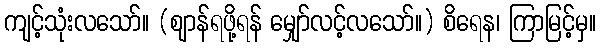
ကျင့်သုံးလသော်။ (ဈာန်ရဖို့ရန် မျှော်လင့်လသော်။) စိရေန၊ ကြာမြင့်မှ။